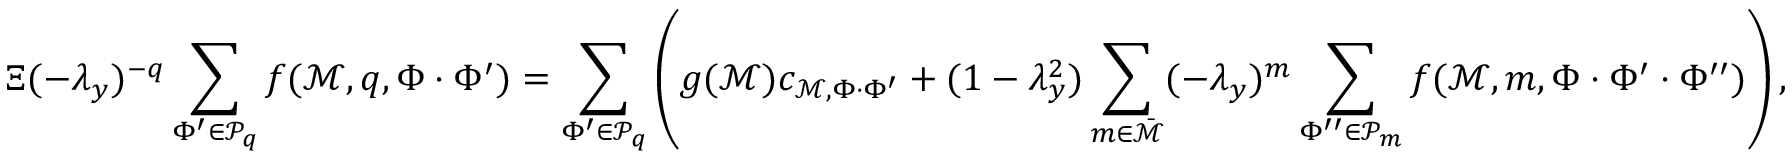
\Xi ( - \lambda _ { y } ) ^ { - q } \sum _ { \Phi ^ { \prime } \in \mathcal { P } _ { q } } f ( \mathcal { M } , q , \Phi \cdot \Phi ^ { \prime } ) = \sum _ { \Phi ^ { \prime } \in \mathcal { P } _ { q } } \left( g ( \mathcal { M } ) c _ { \mathcal { M } , \Phi \cdot \Phi ^ { \prime } } + ( 1 - \lambda _ { y } ^ { 2 } ) \sum _ { m \in \bar { \mathcal { M } } } ( - \lambda _ { y } ) ^ { m } \sum _ { \Phi ^ { \prime \prime } \in \mathcal { P } _ { m } } f ( \mathcal { M } , m , \Phi \cdot \Phi ^ { \prime } \cdot \Phi ^ { \prime \prime } ) \right) ,